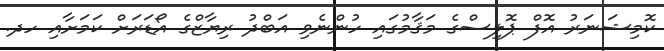
ކޮމިޝަނަރު އޮފް ޕޮލިސްގެ މަޤާމުގައި ހުންނެވި އަބްދު ރިޔާޒްގެ އޯޑަރަށް ކަމަށާއި ހދ.